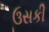
ઉસકી